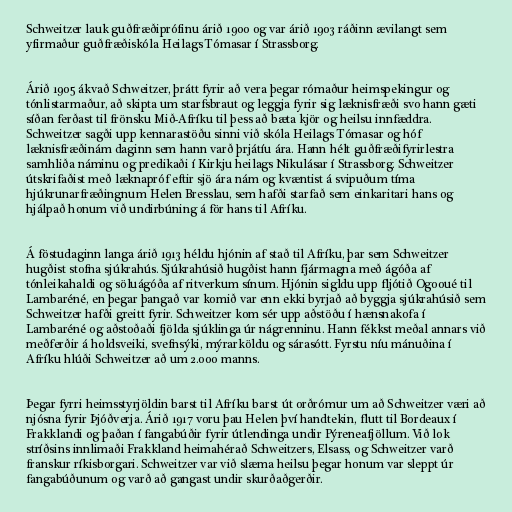
Schweitzer lauk guðfræðiprófinu árið 1900 og var árið 1903 ráðinn ævilangt sem
yfirmaður guðfræðiskóla Heilags Tómasar í Strassborg.

Árið 1905 ákvað Schweitzer, þrátt fyrir að vera þegar rómaður heimspekingur og
tónlistarmaður, að skipta um starfsbraut og leggja fyrir sig læknisfræði svo hann gæti
síðan ferðast til frönsku Mið-Afríku til þess að bæta kjör og heilsu innfæddra.
Schweitzer sagði upp kennarastöðu sinni við skóla Heilags Tómasar og hóf
læknisfræðinám daginn sem hann varð þrjátíu ára. Hann hélt guðfræðifyrirlestra
samhliða náminu og predikaði í Kirkju heilags Nikulásar í Strassborg. Schweitzer
útskrifaðist með læknapróf eftir sjö ára nám og kvæntist á svipuðum tíma
hjúkrunarfræðingnum Helen Bresslau, sem hafði starfað sem einkaritari hans og
hjálpað honum við undirbúning á för hans til Afríku.

Á föstudaginn langa árið 1913 héldu hjónin af stað til Afríku, þar sem Schweitzer
hugðist stofna sjúkrahús. Sjúkrahúsið hugðist hann fjármagna með ágóða af
tónleikahaldi og söluágóða af ritverkum sínum. Hjónin sigldu upp fljótið Ogooué til
Lambaréné, en þegar þangað var komið var enn ekki byrjað að byggja sjúkrahúsið sem
Schweitzer hafði greitt fyrir. Schweitzer kom sér upp aðstöðu í hænsnakofa í
Lambaréné og aðstoðaði fjölda sjúklinga úr nágrenninu. Hann fékkst meðal annars við
meðferðir á holdsveiki, svefnsýki, mýrarköldu og sárasótt. Fyrstu níu mánuðina í
Afríku hlúði Schweitzer að um 2.000 manns.

Þegar fyrri heimsstyrjöldin barst til Afríku barst út orðrómur um að Schweitzer væri að
njósna fyrir Þjóðverja. Árið 1917 voru þau Helen því handtekin, flutt til Bordeaux í
Frakklandi og þaðan í fangabúðir fyrir útlendinga undir Pýreneafjöllum. Við lok
stríðsins innlimaði Frakkland heimahérað Schweitzers, Elsass, og Schweitzer varð
franskur ríkisborgari. Schweitzer var við slæma heilsu þegar honum var sleppt úr
fangabúðunum og varð að gangast undir skurðaðgerðir.